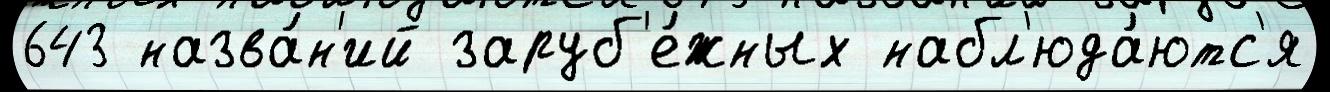
643 назва́н'ий заруб'е́жных набл'юда́ютс'я